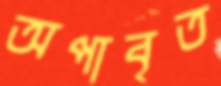
অপাবৃত